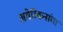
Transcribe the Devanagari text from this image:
अमेरिकनांचा